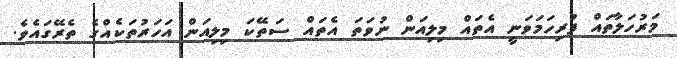
މަރުހަލާތައް ފުރިހަމަވަނީ އެތައް މިލިއަން ނުވަތަ އެތައް ސަތޭކަ މިލިއަން އަހަރުތަކެއްގެ ތެރޭގައެވެ.